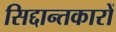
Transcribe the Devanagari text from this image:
सिद्दान्तकारों